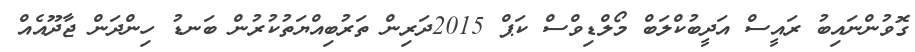
ގޮވުންނައިބު ރައީސް އަދީބުކްލަބް މޯލްޑިވްސް ކަޕް 2015ދަރިން ތަރުބިއްޔަތުކުރުން ބަނޑު ހިންދަން ޖާދޫއެއް